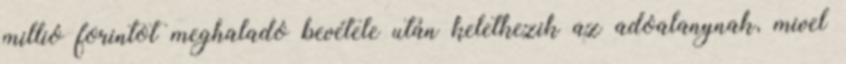
millió forintot meghaladó bevétele után keletkezik az adóalanynak, mivel